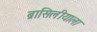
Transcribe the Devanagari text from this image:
ब्रासिलीयाला